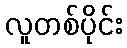
လူတစ်ပိုင်း